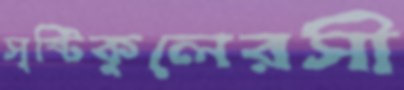
সৃষ্টিকুলেরসী